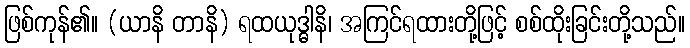
ဖြစ်ကုန်၏။ (ယာနိ တာနိ) ရထယုဒ္ဓါနိ၊ အကြင်ရထားတို့ဖြင့် စစ်ထိုးခြင်းတို့သည်။